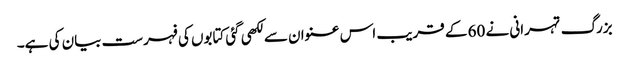
بزرگ تہرانی نے 60 کے قریب اس عنوان سے لکھی گئی کتابوں کی فہرست بیان کی ہے۔